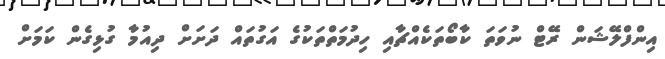
އިންފްލޭޝަން ރޭޓް ނުވަތަ ކާބޯތަކެއްޗާއި ހިދުމަތްތަކުގެ އަގުތައް ދަށަށް ދިއުމާ ގުޅިގެން ކަމަށް